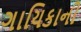
ગાયિકાની